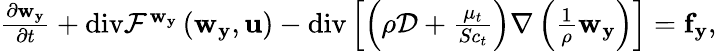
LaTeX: \begin{array}{r}{\frac{\partial\mathbf{w}_{\mathbf{y}}}{\partial t}+\mathrm{div}\mathcal{F}^{\mathbf{w}_{\mathbf{y}}}\left(\mathbf{w}_{\mathbf{y}},{\mathbf{u}}\right)-\mathrm{div}\left[\left(\rho\mathcal{D}+\frac{\mu_{t}}{Sc_{t}}\right)\nabla\left(\frac{1}{\rho}\mathbf{w}_{\mathbf{y}}\right)\right]=\mathbf{f}_{\mathbf{y}},}\end{array}